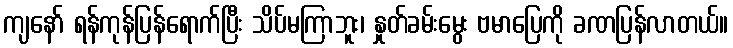
ကျနော် ရန်ကုန်ပြန်ရောက်ပြီး သိပ်မကြာဘူး၊ နှုတ်ခမ်းမွေး ဗမာပြေကို ခဏပြန်လာတယ်။